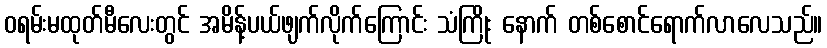
ဝရမ်းမထုတ်မီလေးတွင် အမိန့်ပယ်ဖျက်လိုက်ကြောင်း သံကြိုး နောက် တစ်စောင်ရောက်လာလေသည်။